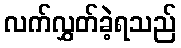
လက်လွှတ်ခဲ့ရသည်